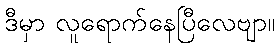
ဒီမှာ လူရောက်နေပြီလေဗျာ။